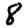
Digit: 8